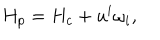
H _ { p } = H _ { c } + u ^ { i } \omega _ { i } ,